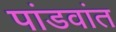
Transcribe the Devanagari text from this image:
पांडवांत